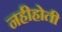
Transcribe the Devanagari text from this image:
नहीहोती